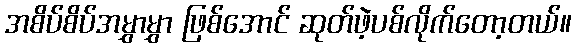
အစိပ်စိပ်အမွှာမွှာ ဖြစ်အောင် ဆုတ်ဖဲ့ပစ်လိုက်တော့တယ်။